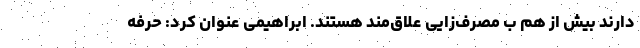
دارند بیش از هم ب مصرف‌زایی علاق‌مند هستند. ابراهیمی عنوان کرد: حرفه